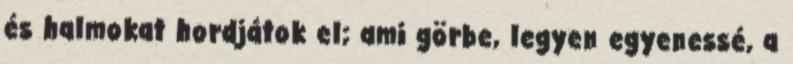
és halmokat hordjátok el; ami görbe, legyen egyenessé, a